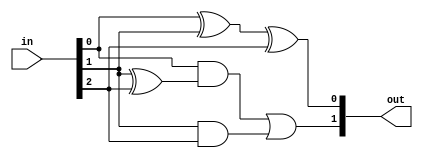
//popcount3.v
module top_module( 
    input [2:0] in,
    output [1:0] out );

//0:00, 1:01, 2:10, 3:11
//
//out[0] = 01'2' + 0'12' + 0'1'2 + 012
//       = (01' + 0'1)2' + (0'1' + 01)2  
//
//       = ((0 ^ 1) & ~2) | (~(0 ^ 1) & 2)
//       = 0 ^ 1 ^ 2;
//
//out[1] = 012' + 01'2 + 0'12 + 012
//       = 0(12' + 1'2) + 12
//
//       = 0 & (1 ^ 2) | 1 & 2

assign out[0] = in[0] ^ in[1] ^ in[2];
assign out[1] = in[0] & (in[1] ^ in[2]) | in[1] & in[2];
    
//assign out = in[0] + in[1] + in[2];

endmodule